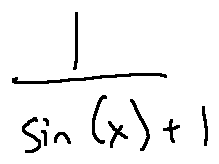
\frac { 1 } { \sin ( x ) + 1 }